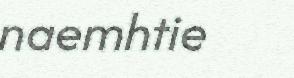
naemhtie